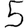
Digit: 5